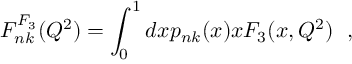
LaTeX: F _ { n k } ^ { F _ { 3 } } ( Q ^ { 2 } ) = \int _ { 0 } ^ { 1 } d x p _ { n k } ( x ) x F _ { 3 } ( x , Q ^ { 2 } ) ~ ~ ,